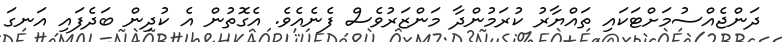
ދަންޖެއްސުމަށްޓަކައި ތައްޔާރު ކުރަމުންދާ މަންޒަރުވެސް ފެނެއެވެ. އެގޮތުން އެ ކުދިން ބަދެފައި އަނގަ